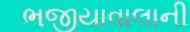
ભજીયાવાલાની